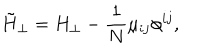
\tilde { H } _ { \perp } = H _ { \perp } - \frac { 1 } { N } \mu _ { i j } \phi ^ { i j } ,